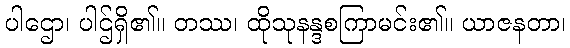
ပါဌော၊ ပါဌ်ရှိ၏။ တဿ၊ ထိုသုနန္ဒစကြာမင်း၏။ ယာဇနတာ၊